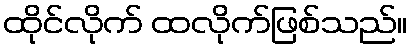
ထိုင်လိုက် ထလိုက်ဖြစ်သည်။